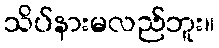
သိပ်နားမလည်ဘူး။